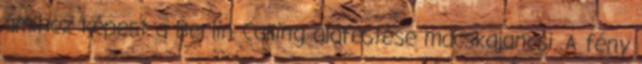
amihez képest a Berlin Calling aláfestése macskajancsi. A fény